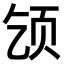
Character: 𫖪